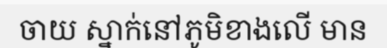
ចាយ ស្នាក់នៅភូមិខាងលើ មាន